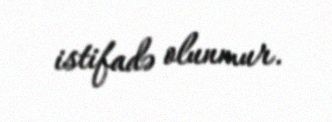
istifadə olunmur.